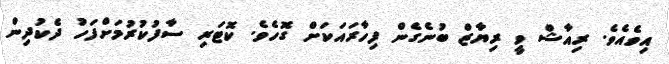
އިވެއެވެ. ރިއާޝް ވީ ރިޔާޒް ބުނެގެން ފިހާރައަކަށް ގޮހެވެ. ކޮޓަރި ސާފުކުރުމަށްފަހު ދެކުދިން